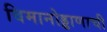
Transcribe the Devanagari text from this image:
विमानोड्डाणाची